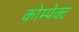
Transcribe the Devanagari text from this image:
कोम्पेक्ट